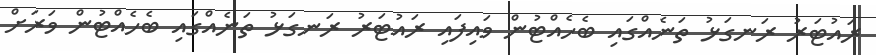
ރައުޓަރު ރަނގަޅު ތަނެއްގައި ބެހެއްޓުން ވައިފައި ރައުޓަރު ރަނގަޅު ތަނެއްގައި ބެހެއްޓުން ވަރަށް